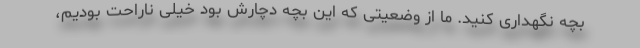
بچه نگهداری کنید. ما از وضعیتی که این بچه دچارش بود خیلی ناراحت بودیم،